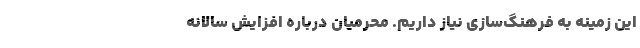
این زمینه به فرهنگ‌سازی نیاز داریم. محرمیان درباره افزایش سالانه